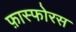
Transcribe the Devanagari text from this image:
फ़ास्फोरस